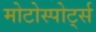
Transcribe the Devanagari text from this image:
मोटोस्पोर्ट्स